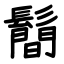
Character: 鬝